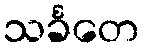
သင်္ခတေ